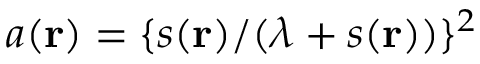
a ( \mathbf { r } ) = \{ s ( \mathbf { r } ) / ( \lambda + s ( \mathbf { r } ) ) \} ^ { 2 }